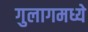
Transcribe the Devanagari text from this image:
गुलागमध्ये